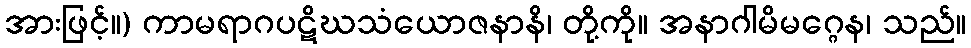
အားဖြင့်။) ကာမရာဂပဋိဃသံယောဇနာနိ၊ တို့ကို။ အနာဂါမိမဂ္ဂေန၊ သည်။